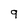
Character: 9